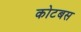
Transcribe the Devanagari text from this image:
कोटबस